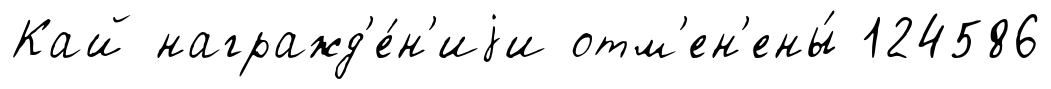
Кай награжд'е́н'иjи отм'ен'ены́ 124586